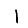
Digit: 1